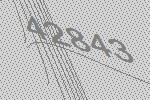
42843